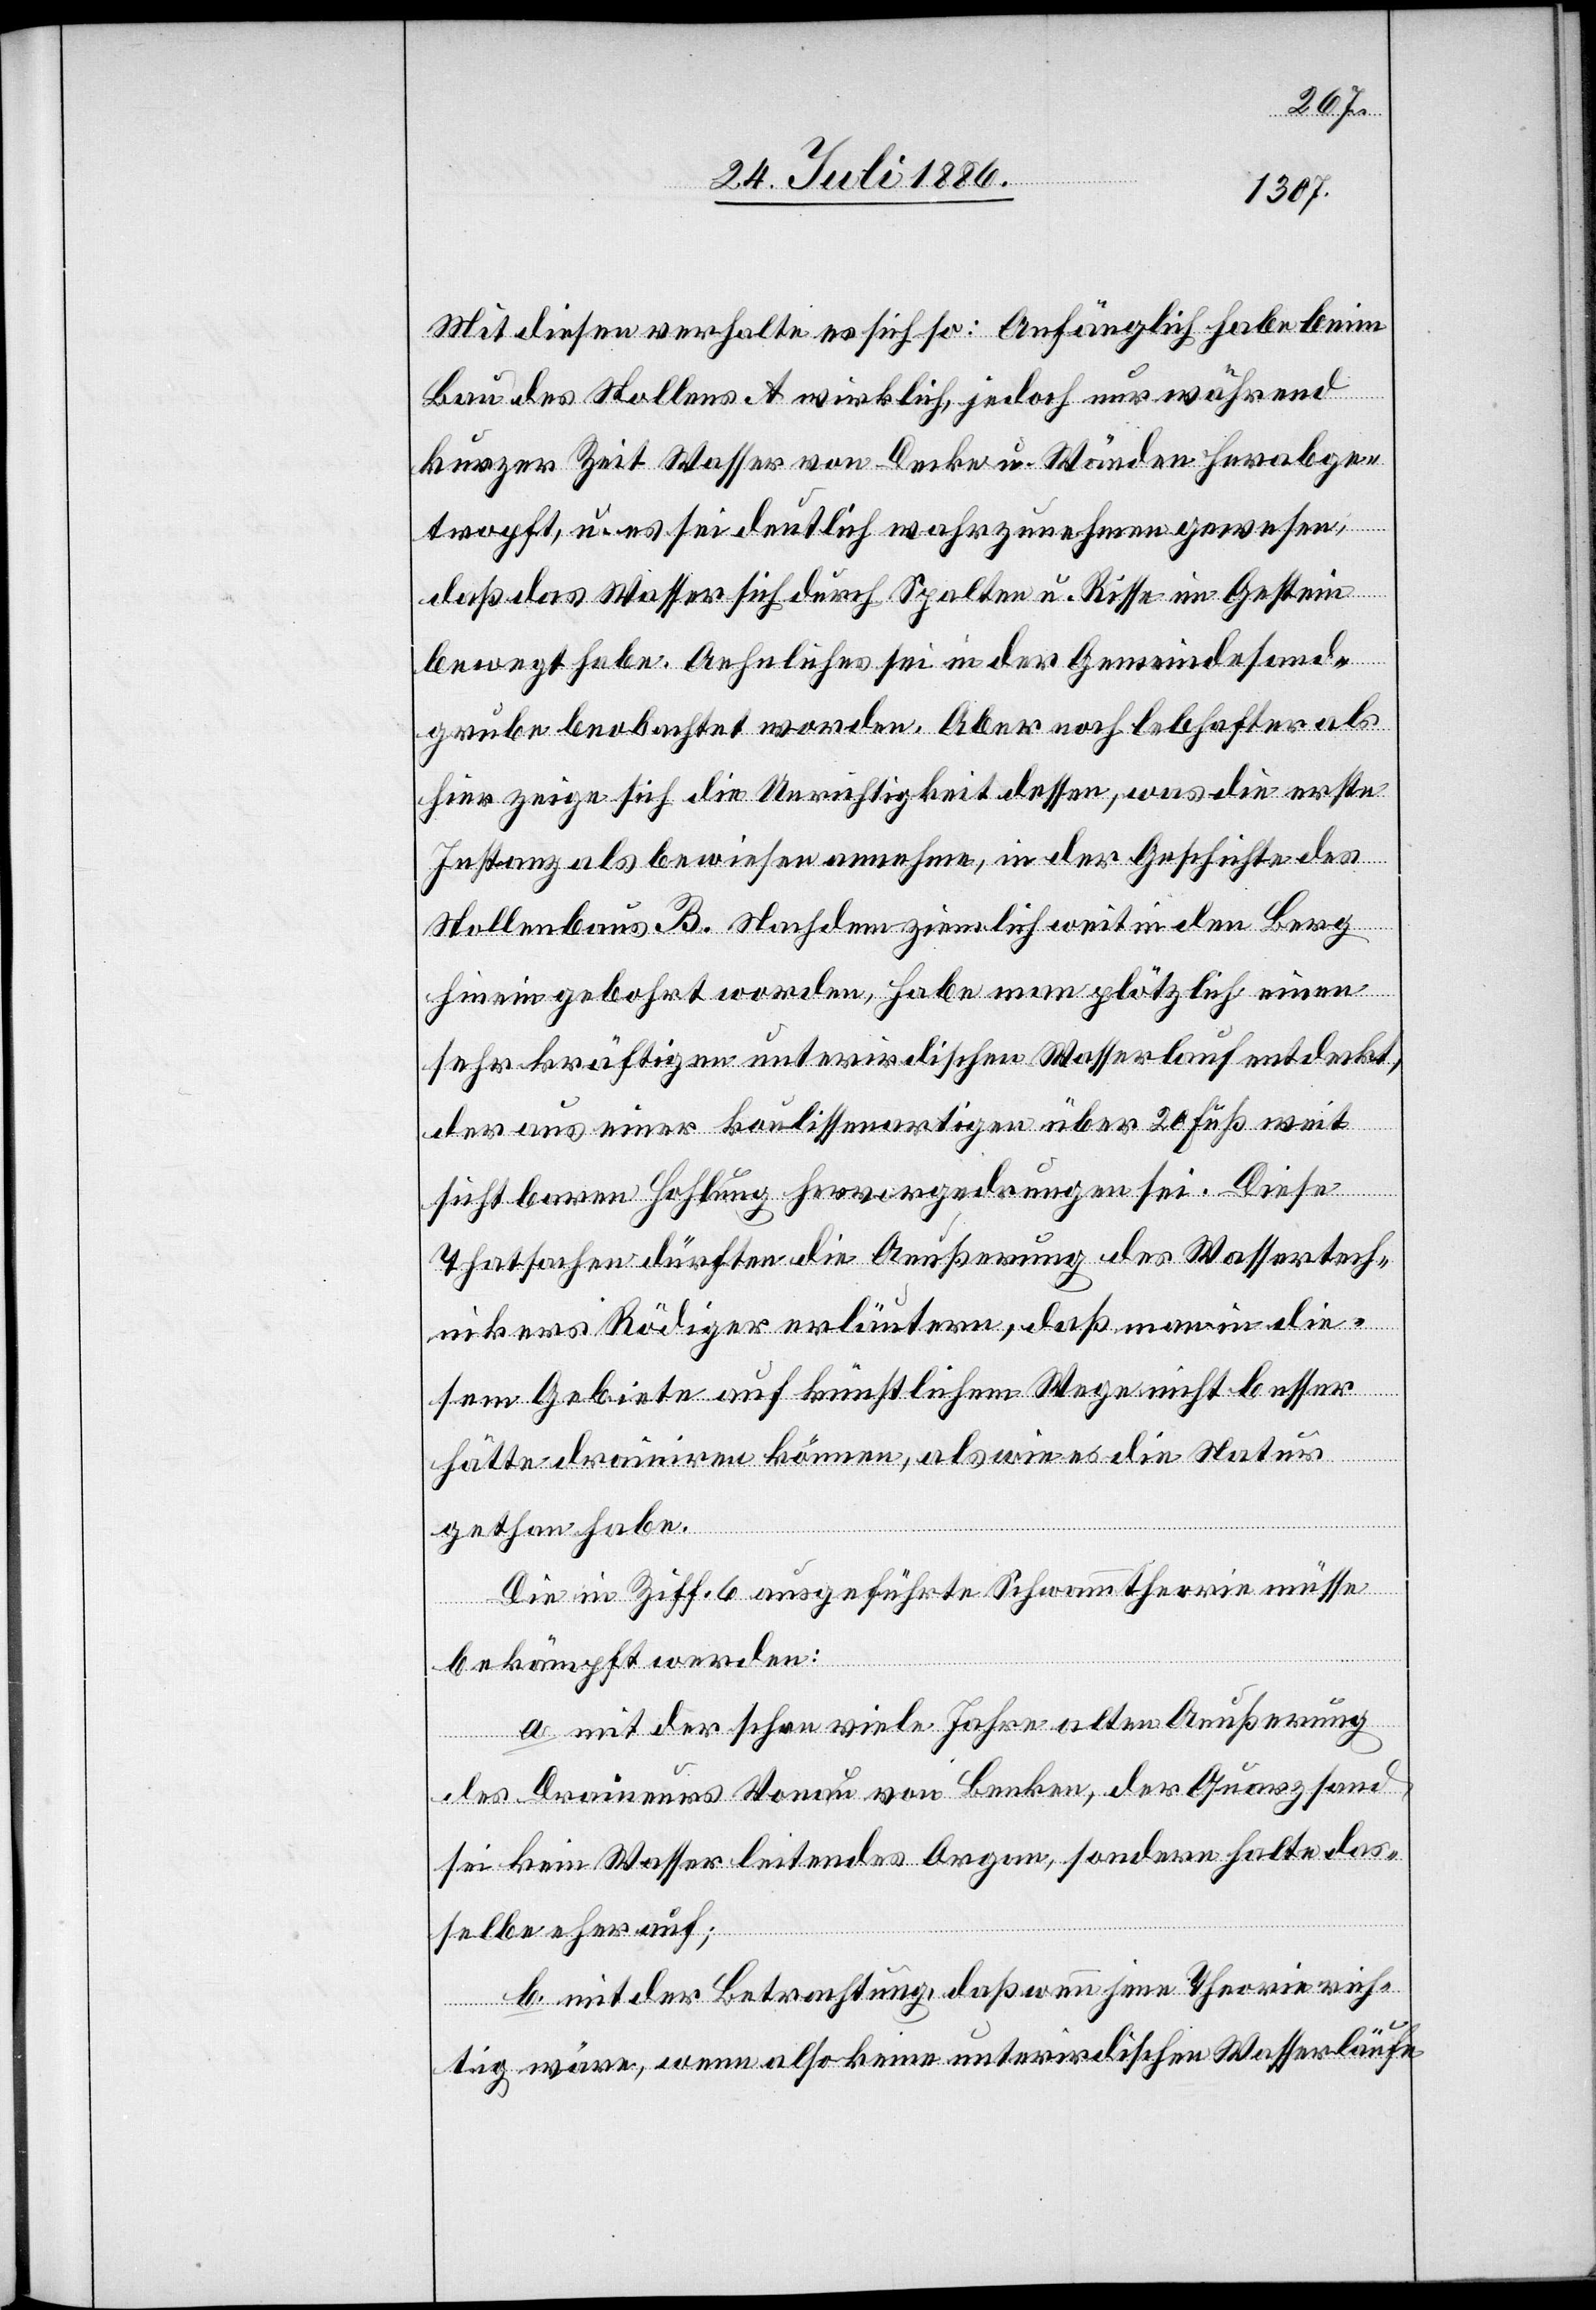
Mit diesen verhalte es sich so: Anfänglich habe beim
Bau des Stollens a wirklich, jedoch nur während
kurzer Zeit Wasser von Decke u. Wänden herabge¬
tropft, u. es sei deutlich wahrzunehmen gewesen,
daß das Wasser sich durch Spalten u. Risse im Gestein
bewegt habe. Aehnliches sei in der Gemeindesand¬
grube beobachtet worden. Aber noch lebhafter als
hier zeige sich die Unrichtigkeit dessen, was die erste
Instanz als bewiesen hinnehme, in der Geschichte des
Stollenbaus b. Nachdem ziemlich weit in den Berg
hinein gebohrt worden, habe man plötzlich einen
sehr kräftigen unterirdischen Wasserlauf entdeckt,
der aus einer koulissenartigen über 20 Fuß weit
sichtbaren Hohlung hervorgedrungen sei. Diese
Thatsachen dürften die Aeußerungen des Wassertech¬
nikers Rödiger erläutern, daß man in die¬
sem Gebiete auf künstlichem Wege nicht besser
hätte drainiren können, als wie es die Natur
gethan habe.
Die in Ziff. 6 ausgeführte Schwammtheorie müsse
bekämpft werden:
a. mit der schon viele Jahre alten Aeußerung
des Draineurs Vonau von Benken, der Quarzsand
sei kein Wasser leitendes Organ, sondern halte das¬
selbe eher auf;
b. mit der Betrachtung, daß wenn jene Theorie rich¬
tig wäre, wenn also keine unterirdischen Wasserläufe